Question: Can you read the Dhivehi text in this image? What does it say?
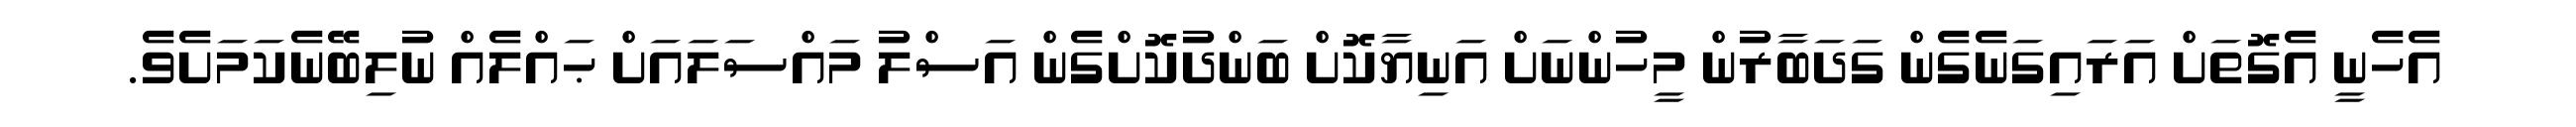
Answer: އެހެނީ އެގޮތަށް އަރައިގަނެގެން ގަދަބާރުން މީހުންނަށް އަނިޔާކޮށް ބަންދުކޮށްގެން އަސްލު މައްސަލައަށް ޙައްލެއް ނުލިބޭނެކަމަށެވެ.